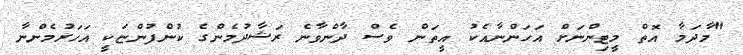
"މާދަމާ އޮތް މީޓިންނަށް އަހަންނާއެކު އީތަން ވެސް ދާންވާނެ ރަޝާދުމެންގެ ކުންފުންޏަކީ އަހަރުމެންނާ